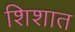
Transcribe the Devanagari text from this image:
शिशात